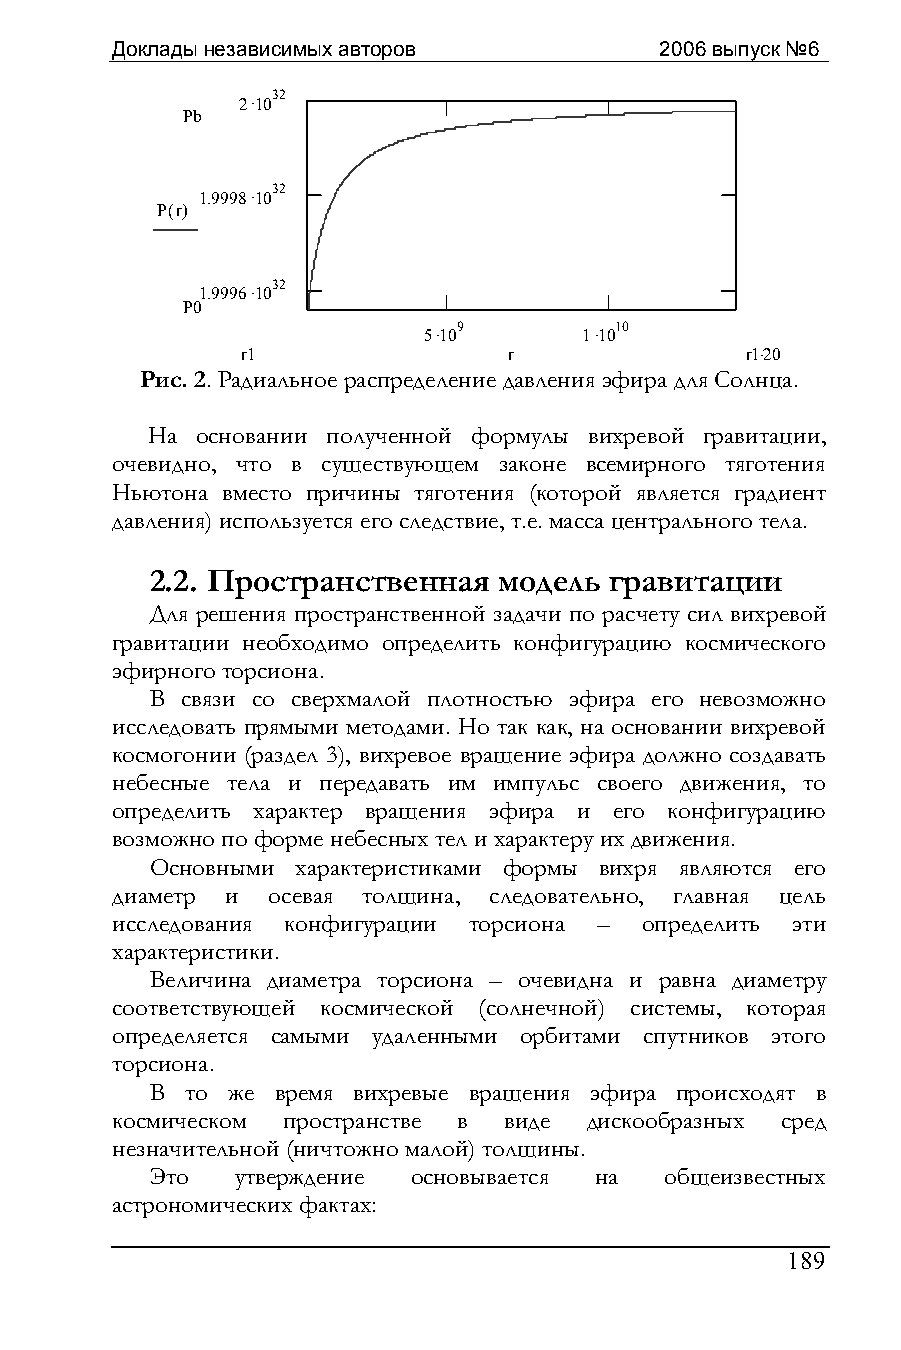
Доклады независимых авторов          2006 выпуск №6
 2.1032
 Pb
 1.9998.1032
 P(r)
 1.9996.1032
 P0
 5.109      1.1010
 r1                r              r1⋅20
 Рис. 2. Радиальное распределение давления эфира для Солнца.
 На основании полученной формулы вихревой гравитации,
 очевидно, что в существующем законе всемирного тяготения
 Ньютона вместо причины тяготения (которой является градиент
 давления) используется его следствие, т.е. масса центрального тела.
 2.2. Пространственная  модель гравитации
 Для решения пространственной задачи по расчету сил вихревой
 гравитации необходимо определить конфигурацию космического
 эфирного торсиона.
 В связи со сверхмалой плотностью эфира его невозможно
 исследовать прямыми методами. Но так как, на основании вихревой
 космогонии (раздел 3), вихревое вращение эфира должно создавать
 небесные тела и передавать им импульс своего движения, то
 определить характер вращения эфира и его конфигурацию
 возможно по форме небесных тел и характеру их движения.
 Основными характеристиками формы вихря являются его
 диаметр и  осевая толщина, следовательно, главная цель
 исследования конфигурации торсиона – определить эти
 характеристики.
 Величина диаметра торсиона – очевидна и равна диаметру
 соответствующей космической (солнечной) системы, которая
 определяется самыми удаленными орбитами спутников этого
 торсиона.
 В то же время вихревые вращения эфира происходят в
 космическом пространстве в виде дискообразных сред
 незначительной (ничтожно малой) толщины.
 Это   утверждение основывается на общеизвестных
 астрономических фактах:
 189